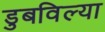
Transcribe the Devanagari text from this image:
डुबविल्या